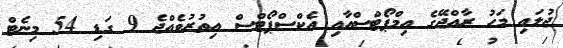
ޖުލައި މަހު ރާއްޖޭގެ އިމްޕޯޓްސްއާއި އެކްސްޕޯޓްސް އިތުރުވެއްޖެ 9 ގަޑި 54 މިނެޓް